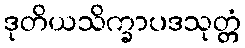
ဒုတိယသိက္ခာပဒသုတ္တံ